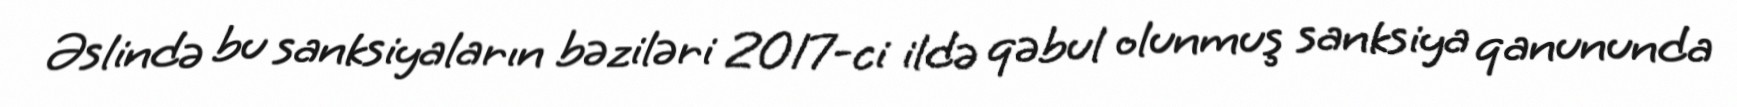
Əslində bu sanksiyaların bəziləri 2017-ci ildə qəbul olunmuş sanksiya qanununda